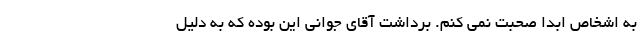
به اشخاص ابدا صحبت نمی کنم. برداشت آقای جوانی این بوده که به دلیل